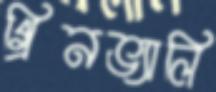
গ্রিনভ্যালি